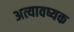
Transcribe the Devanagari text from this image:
अत्यावष्यक